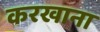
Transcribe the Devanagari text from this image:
करखाना